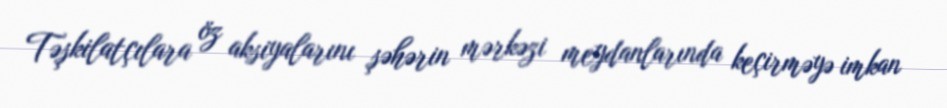
Təşkilatçılara öz aksiyalarını şəhərin mərkəzi meydanlarında keçirməyə imkan